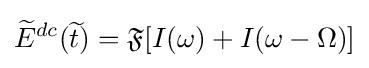
{\widetilde {E}}^{dc}({\widetilde {t}})={\mathfrak {F}}[I(\omega )+I(\omega -\Omega )]